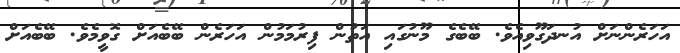
އަހަރެންނަށް އުނދަގޫވިއެވެ. ބޭބެގެ މޫނުގައި އަތުން ފިރުމަމުން އަހަރެން ބޭބެއަށް ގޮވީމެވެ. ބޭބެއަށް